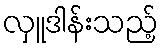
လှူဒါန်းသည့်